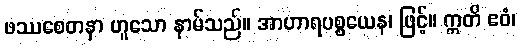
ဖဿစေတနာ ဟူသော နာမ်သည်။ အာဟာရပစ္စယေန၊ ဖြင့်။ ဣတိ ဧဝံ၊